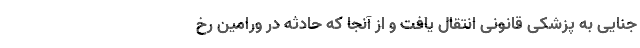
جنایی به پزشکی قانونی انتقال یافت و از آنجا که حادثه در ورامین رخ